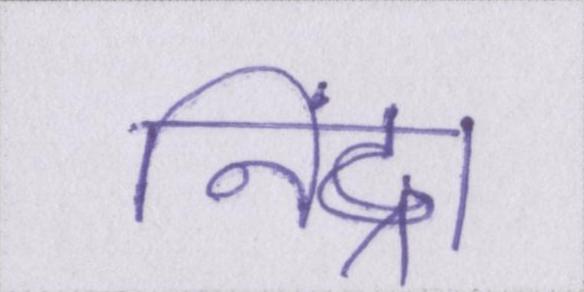
निंद्रा